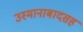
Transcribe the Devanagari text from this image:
उस्मानाबादसह